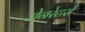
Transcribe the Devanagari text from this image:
जेनरेटर्स